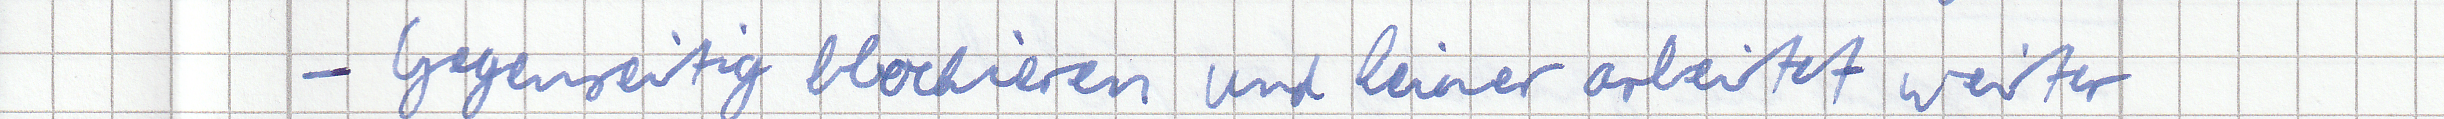
- Gegenseitig blockieren und keiner arbeitet weiter